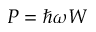
P = \hbar \omega W